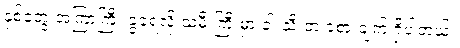
နှစ်တွေ အကြာကြီး ခွဲခဲ့ရလို့ သမီးကြီးမှာ ခါးသီးတဲ့ ခံစားချက် ရှိပါတယ်။